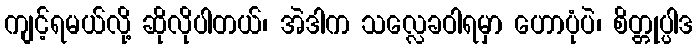
ကျင့်ရမယ်လို့ ဆိုလိုပါတယ်၊ အဲဒါက သလ္လေခဝါရမှာ ဟောပုံပဲ၊ စိတ္တုပ္ပါဒ